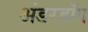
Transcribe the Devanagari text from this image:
अंडरडाॅग